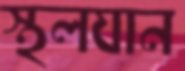
স্থলযান